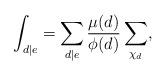
LaTeX: \begin{align*} \int_{d|e} = \sum_{d|e}\frac{\mu(d)}{\phi(d)} \sum_{\chi_{d}},\end{align*}